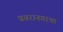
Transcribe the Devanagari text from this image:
प्रवरानगरचा